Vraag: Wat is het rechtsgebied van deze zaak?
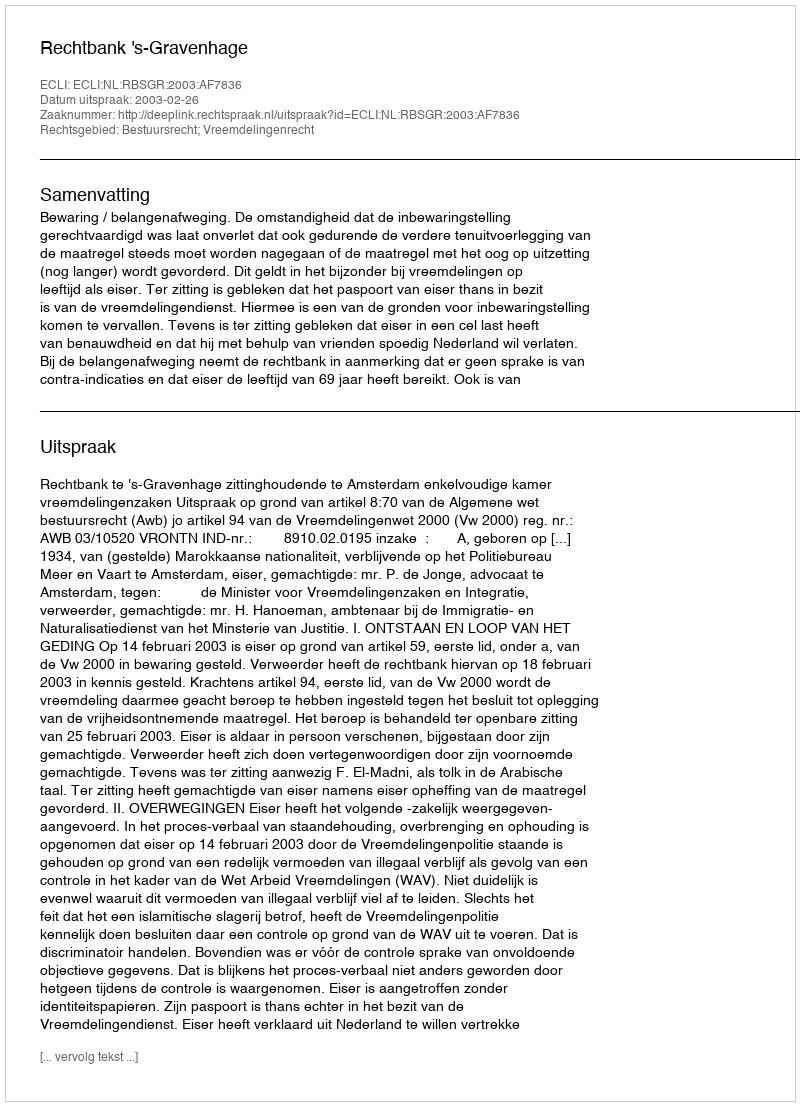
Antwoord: Bestuursrecht; Vreemdelingenrecht